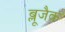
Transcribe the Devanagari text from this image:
ब्लूजैक